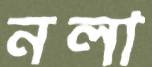
নলা